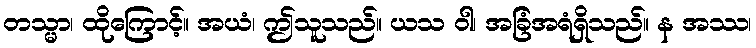
တသ္မာ၊ ထိုကြောင့်။ အယံ၊ ဤသူသည်။ ယသ ဝါ၊ အခြံအရံရှိသည်။ န အဿ၊